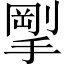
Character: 𪮚